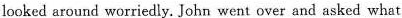
looked around worriedly. John went over and asked what